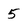
Character: 5